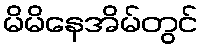
မိမိနေအိမ်တွင်